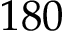
1 8 0